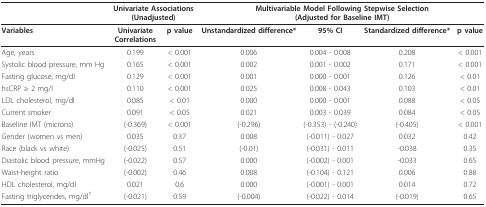
<table><thead><tr><td></td><td colspan="2"><b>Univariate Associations(Unadjusted)</b></td><td colspan="4"><b>Multivariable Model Following Stepwise Selection(Adjusted for Baseline IMT)</b></td></tr></thead><tbody><tr><td><b>Variables</b></td><td><b>Univariate</b><b>Correlations</b></td><td><b>p value</b></td><td><b>Unstandardized difference*</b></td><td><b>95% CI</b></td><td><b>Standardized difference*</b></td><td><b>p value</b></td></tr><tr><td>Age, years</td><td>0.199</td><td>&lt; 0.001</td><td>0.006</td><td>0.004 - 0.008</td><td>0.208</td><td>&lt; 0.001</td></tr><tr><td>Systolic blood pressure, mm Hg</td><td>0.165</td><td>&lt; 0.001</td><td>0.002</td><td>0.001 - 0.002</td><td>0.171</td><td>&lt; 0.001</td></tr><tr><td>Fasting glucose, mg/dl</td><td>0.129</td><td>&lt; 0.001</td><td>0.001</td><td>0.000 - 0.001</td><td>0.126</td><td>&lt; 0.01</td></tr><tr><td>hsCRP ≥ 2 mg/l</td><td>0.110</td><td>&lt; 0.001</td><td>0.025</td><td>0.008 - 0.043</td><td>0.103</td><td>&lt; 0.01</td></tr><tr><td>LDL cholesterol, mg/dl</td><td>0.085</td><td>&lt; 0.01</td><td>0.000</td><td>0.000 - 0.001</td><td>0.088</td><td>&lt; 0.05</td></tr><tr><td>Current smoker</td><td>0.091</td><td>&lt; 0.05</td><td>0.021</td><td>0.003 - 0.039</td><td>0.084</td><td>&lt; 0.05</td></tr><tr><td>Baseline IMT (microns)</td><td>(-0.369)</td><td>&lt; 0.001</td><td>(-0.296)</td><td>(-0.353) - (-0.240)</td><td>(-0.405)</td><td>&lt; 0.001</td></tr><tr><td>Gender (women vs men)</td><td>0.035</td><td>0.37</td><td>0.008</td><td>(-0.011) - 0.027</td><td>0.032</td><td>0.42</td></tr><tr><td>Race (black vs white)</td><td>(-0.025)</td><td>0.51</td><td>(-0.01)</td><td>(-0.031) - 0.011</td><td>-0.038</td><td>0.35</td></tr><tr><td>Diastolic blood pressure, mmHg</td><td>(-0.022)</td><td>0.57</td><td>0.000</td><td>(-0.002) - 0.001</td><td>-0.033</td><td>0.65</td></tr><tr><td>Waist-height ratio</td><td>(-0.002)</td><td>0.46</td><td>0.008</td><td>(-0.104) - 0.121</td><td>0.006</td><td>0.88</td></tr><tr><td>HDL cholesterol, mg/dl</td><td>0.021</td><td>0.6</td><td>0.000</td><td>(-0.001) - 0.001</td><td>0.014</td><td>0.72</td></tr><tr><td>Fasting triglycerides, mg/dl<sup>†</sup></td><td>(-0.021)</td><td>0.59</td><td>(-0.004)</td><td>(-0.022) - 0.014</td><td>(-0.019)</td><td>0.65</td></tr></tbody></table>